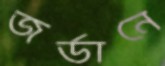
জর্ডানে